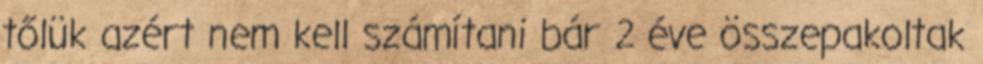
tőlük azért nem kell számítani bár 2 éve összepakoltak